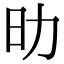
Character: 㫑